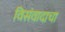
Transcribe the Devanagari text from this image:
विसंवादाचा